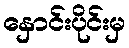
နှောင်းပိုင်းမှ